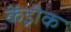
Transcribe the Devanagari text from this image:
केंड्रीक